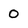
Character: 0